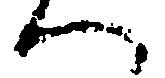
一